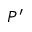
P ^ { \prime }